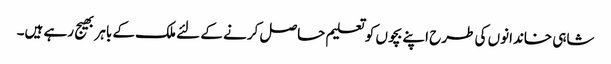
شاہی خاندانوں کی طرح اپنے بچوں کو تعلیم حاصل کرنے کے لئے ملک کے باہر بھیج رہے ہیں۔